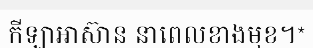
កីឡាអាស៊ាន នាពេលខាងមុខ។*